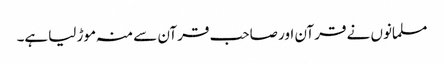
مسلمانوں نے قرآن اور صاحب قرآن سے منہ موڑ لیاہے۔